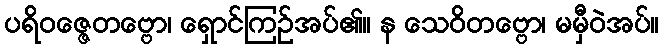
ပရိဝဇ္ဇေတဗ္ဗော၊ ရှောင်ကြဉ်အပ်၏။ န သေဝိတဗ္ဗော၊ မမှီဝဲအပ်။